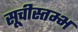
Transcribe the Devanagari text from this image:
सूचीस्तम्भ